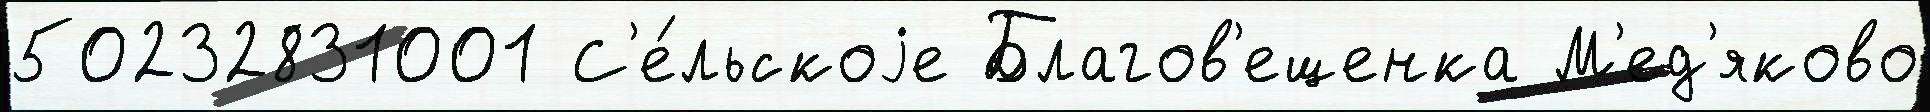
50232831001 С'е́льскоjе Благов'ещенка М'ед'яково